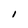
Character: I